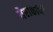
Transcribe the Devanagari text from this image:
यैराकर्णि